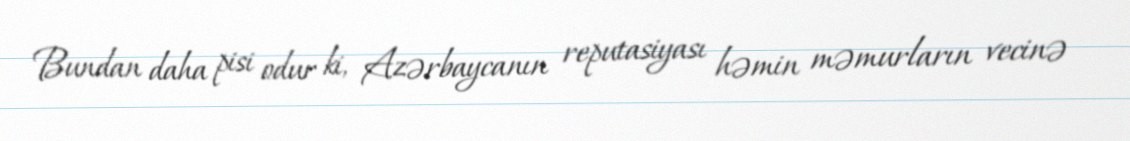
Bundan daha pisi odur ki, Azərbaycanın reputasiyası həmin məmurların vecinə